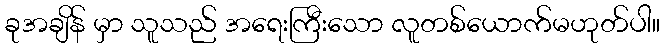
ခုအချိန် မှာ သူသည် အရေးကြီးသော လူတစ်ယောက်မဟုတ်ပါ။